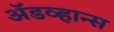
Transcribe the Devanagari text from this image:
अॅडव्हान्स